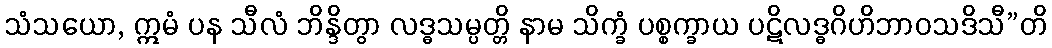
သံသယော, ဣမံ ပန သီလံ ဘိန္ဒိတွာ လဒ္ဓသမ္ပတ္တိ နာမ သိက္ခံ ပစ္စက္ခာယ ပဋိလဒ္ဓဂိဟိဘာဝသဒိသီ”တိ